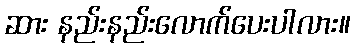
ဆား နည်းနည်းလောက်ပေးပါလား။